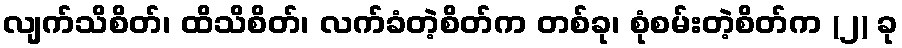
လျက်သိစိတ်၊ ထိသိစိတ်၊ လက်ခံတဲ့စိတ်က တစ်ခု၊ စုံစမ်းတဲ့စိတ်က (၂) ခု